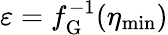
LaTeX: \varepsilon=f_{\mathrm{G}}^{-1}(\eta_{\mathrm{min}})